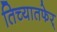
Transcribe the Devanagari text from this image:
तिच्यातफेर्